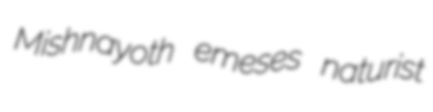
Mishnayoth emeses naturist